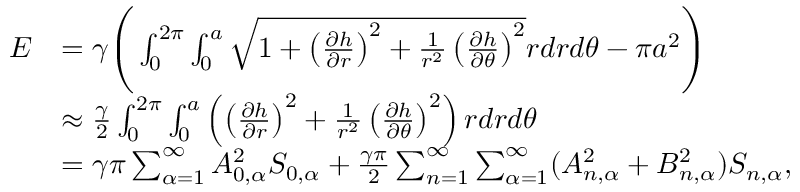
\begin{array} { r l } { E } & { = \gamma \Bigg ( \int _ { 0 } ^ { 2 \pi } \int _ { 0 } ^ { a } \sqrt { 1 + \left( \frac { \partial h } { \partial r } \right) ^ { 2 } + \frac { 1 } { r ^ { 2 } } \left( \frac { \partial h } { \partial \theta } \right) ^ { 2 } } r d r d \theta - \pi a ^ { 2 } \Bigg ) } \\ & { \approx \frac { \gamma } { 2 } \int _ { 0 } ^ { 2 \pi } \int _ { 0 } ^ { a } \left( \left( \frac { \partial h } { \partial r } \right) ^ { 2 } + \frac { 1 } { r ^ { 2 } } \left( \frac { \partial h } { \partial \theta } \right) ^ { 2 } \right) r d r d \theta } \\ & { = \gamma \pi \sum _ { \alpha = 1 } ^ { \infty } A _ { 0 , \alpha } ^ { 2 } S _ { 0 , \alpha } + \frac { \gamma \pi } { 2 } \sum _ { n = 1 } ^ { \infty } \sum _ { \alpha = 1 } ^ { \infty } ( A _ { n , \alpha } ^ { 2 } + B _ { n , \alpha } ^ { 2 } ) S _ { n , \alpha } , } \end{array}